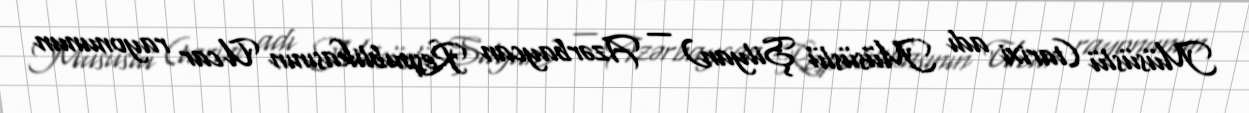
Müsüslü (tarixi adı Müsüslü Şilyan) — Azərbaycan Respublikasının Ucar rayonunun